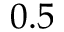
0 . 5